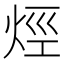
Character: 烴